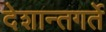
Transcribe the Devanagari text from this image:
देशान्तगर्ते